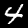
Digit: 4